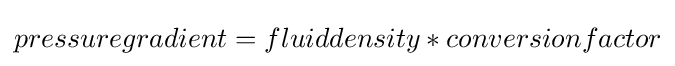
pressuregradient=fluiddensity*conversionfactor